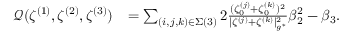
\begin{array} { r l } { \mathcal { Q } ( \zeta ^ { ( 1 ) } , \zeta ^ { ( 2 ) } , \zeta ^ { ( 3 ) } ) } & { = \sum _ { ( i , j , k ) \in \Sigma ( 3 ) } 2 \frac { ( \zeta _ { 0 } ^ { ( j ) } + \zeta _ { 0 } ^ { ( k ) } ) ^ { 2 } } { | \zeta ^ { ( j ) } + \zeta ^ { ( k ) } | _ { g ^ { * } } ^ { 2 } } \beta _ { 2 } ^ { 2 } - \beta _ { 3 } . } \end{array}